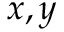
x , y